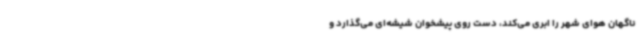
ناگهان هوای شهر را ابری می‌کند، دست روی پیشخوان شیشه‌ای می‌گذارد و